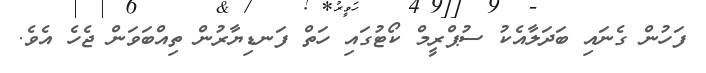
ފަހުން ގެނައި ބަދަލާއެކު ސުޕްރީމް ކޯޓުގައި ހަތް ފަނޑިޔާރުން ތިއްބަވަން ޖެހެ އެވެ.